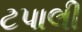
ટપાલી